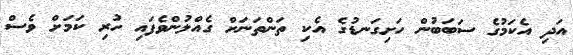
އަދި އެކަމުގެ ސަބަބުން ހަށިގަނޑުގެ އެކި ތަންތަނަށް ގެއްލުންވެފައި ހުރި ކަމަށް ވެސް